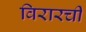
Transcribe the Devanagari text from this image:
विरारची